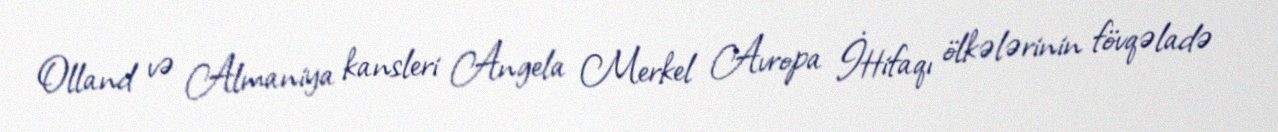
Olland və Almaniya kansleri Angela Merkel Avropa İttifaqı ölkələrinin fövqəladə